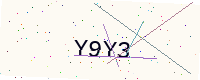
Text: Y9Y3